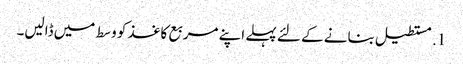
1. مستطیل بنانے کے لئے پہلے اپنے مربع کاغذ کو وسط میں ڈالیں۔